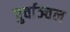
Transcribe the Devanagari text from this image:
पुर्वाञ्चल